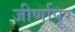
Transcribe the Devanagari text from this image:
जीर्णापूर